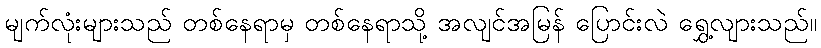
မျက်လုံးများသည် တစ်နေရာမှ တစ်နေရာသို့ အလျင်အမြန် ပြောင်းလဲ ရွှေ့လျားသည်။